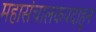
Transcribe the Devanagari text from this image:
महासंचालकपदाहून